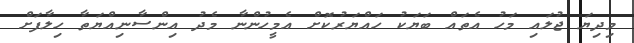
މިދިޔަ ޖުލައި މަހު އެތައް ބަޔަކު ހައްޔަރުކޮށް އެމީހުންނާ މެދު އިންސާނިއްޔަތާ ހިލާފަށް